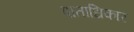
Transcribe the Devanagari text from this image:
पाताधिकार